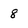
Character: 8